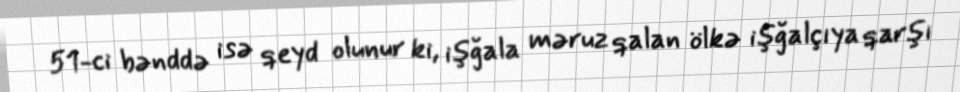
51-ci bənddə isə qeyd olunur ki, işğala məruz qalan ölkə işğalçıya qarşı